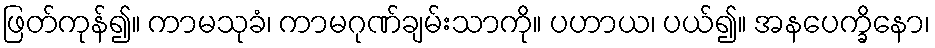
ဖြတ်ကုန်၍။ ကာမသုခံ၊ ကာမဂုဏ်ချမ်းသာကို။ ပဟာယ၊ ပယ်၍။ အနပေက္ခိနော၊